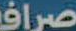
صراف